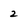
Character: 2